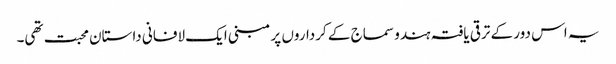
یہ اس دور کے ترقی یافتہ ہندو سماج کے کرداروں پر مبنی ایک لافانی داستان محبت تھی۔